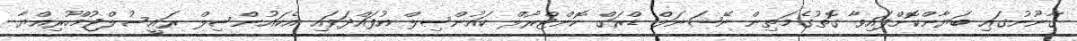
ޤާނޫނުގައި ބަޔާންކޮށްފައިވާ ގޮތުގެމަތިން ނޭޝަނަލް ޑްރަގް ކޮންޓްރޯލް ކައުންސިލް އުފައްދަވައި އެކައުންސިލް ރައީސުލްޖުމްހޫރިއްޔާ